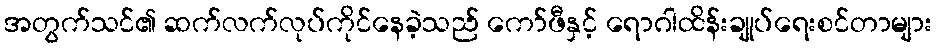
အတွက်သင်၏ ဆက်လက်လုပ်ကိုင်နေခဲ့သည် ကော်ဖီနှင့် ရောဂါထိန်းချုပ်ရေးစင်တာများ